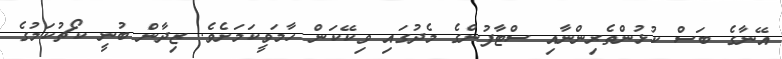
އޭނާގެ ބަސް ކުޅުންތެރިންނާއި ސްޓާފުންގެ މެދުގައި ވިކޭކަން ހާމަވީކަމަށެވެ. ޒިދާން ބުނީ ކޯޗުކަމުގެ